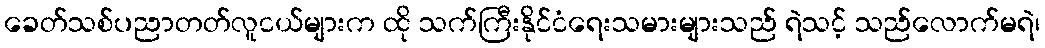
ခေတ်သစ်ပညာတတ်လူငယ်များက ထို သက်ကြီးနိုင်ငံရေးသမားများသည် ရဲသင့် သည်လောက်မရဲ၊